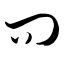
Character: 问